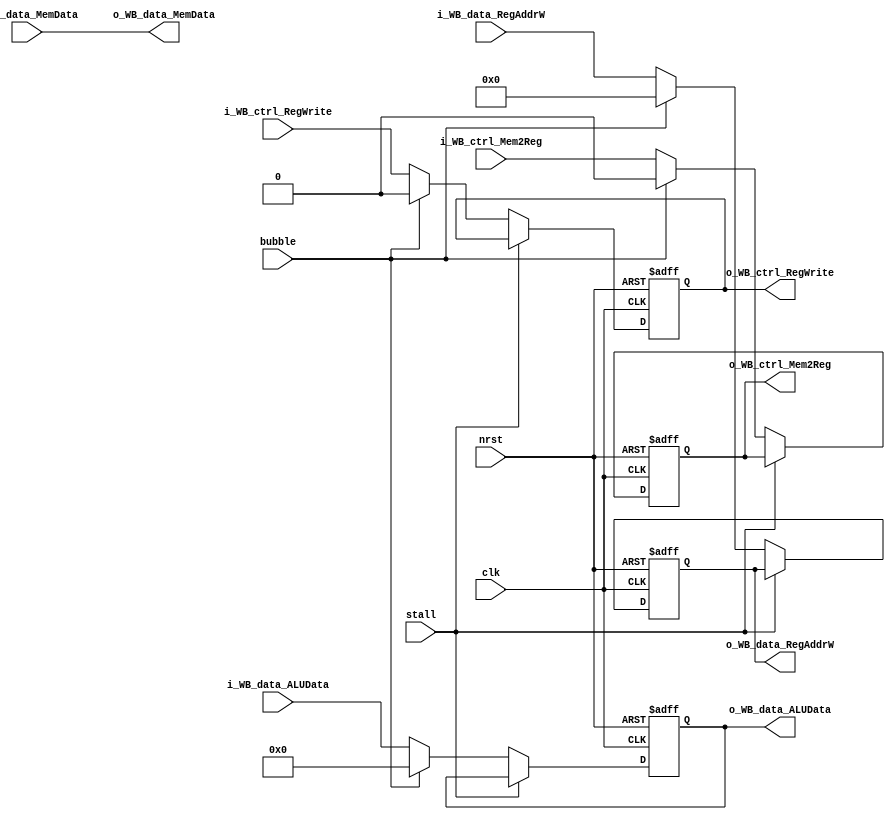
module MEM_WB_Reg(
	/* --- global --- */
	input	wire	clk,
	input	wire	nrst,
	input	wire	stall,
	input	wire	bubble,
	/* --- bypass --- */
	input	wire			i_WB_ctrl_Mem2Reg,
	output	reg 			o_WB_ctrl_Mem2Reg,
	input	wire			i_WB_ctrl_RegWrite,
	output	reg 			o_WB_ctrl_RegWrite,
	input	wire	[4:0]	i_WB_data_RegAddrW,
	output	reg 	[4:0]	o_WB_data_RegAddrW,
	input	wire	[31:0]	i_WB_data_MemData,
	output	reg 	[31:0]	o_WB_data_MemData,
	input	wire	[31:0]	i_WB_data_ALUData,
	output	reg 	[31:0]	o_WB_data_ALUData
);

	always @ (posedge clk or negedge nrst) begin
		if (~nrst) begin
			o_WB_ctrl_Mem2Reg <= 1'd0;
			o_WB_ctrl_RegWrite <= 1'd0;
			o_WB_data_RegAddrW <= 5'd0;
			// o_WB_data_MemData <= 32'd0;
			o_WB_data_ALUData <= 32'd0;
		end
		else begin
			if (~stall) begin
				if (bubble) begin
					o_WB_ctrl_Mem2Reg <= 1'd0;
					o_WB_ctrl_RegWrite <= 1'd0;
					o_WB_data_RegAddrW <= 5'd0;
					// o_WB_data_MemData <= 32'd0;
					o_WB_data_ALUData <= 32'd0;
				end
				else begin
					o_WB_ctrl_Mem2Reg <= i_WB_ctrl_Mem2Reg;
					o_WB_ctrl_RegWrite <= i_WB_ctrl_RegWrite;
					o_WB_data_RegAddrW <= i_WB_data_RegAddrW;
					// o_WB_data_MemData <= i_WB_data_MemData;
					o_WB_data_ALUData <= i_WB_data_ALUData;
				end
			end
		end
	end

	always @ (*) begin
		o_WB_data_MemData = i_WB_data_MemData;
	end

endmodule